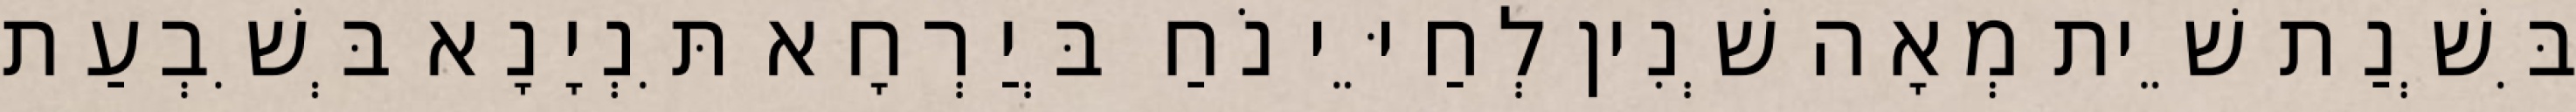
בִּשְׁנַת שֵׁית מְאָה שְׁנִין לְחַיֵּי נֹחַ בְּיַרְחָא תִּנְיָנָא בְּשִׁבְעַת